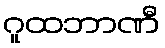
ဂူထဘာဏီ